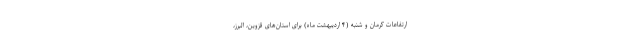
ارتفاعات کرمان و شنبه (۴ اردیبهشت ماه) برای استان‌های قزوین، البرز،